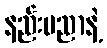
နည်းပညာနဲ့